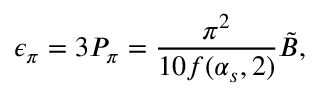
\epsilon _ { \pi } = 3 P _ { \pi } = { \frac { \pi ^ { 2 } } { 1 0 f ( \alpha _ { s } , 2 ) } } \tilde { B } ,